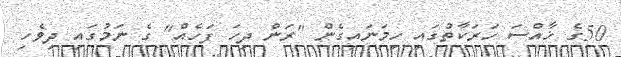
50ގެ ޚާއްސަ ހަރަކާތުގައި ހިމަނައިގެން "ރަން ދިހަ ފަހެއް" ގެ ނަމުގައި ދިވެހި